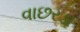
વાછરડા